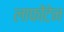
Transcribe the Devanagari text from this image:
लाफोंटेन